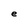
Character: e